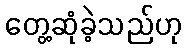
တွေ့ဆုံခဲ့သည်ဟု